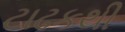
ટાઢકથી